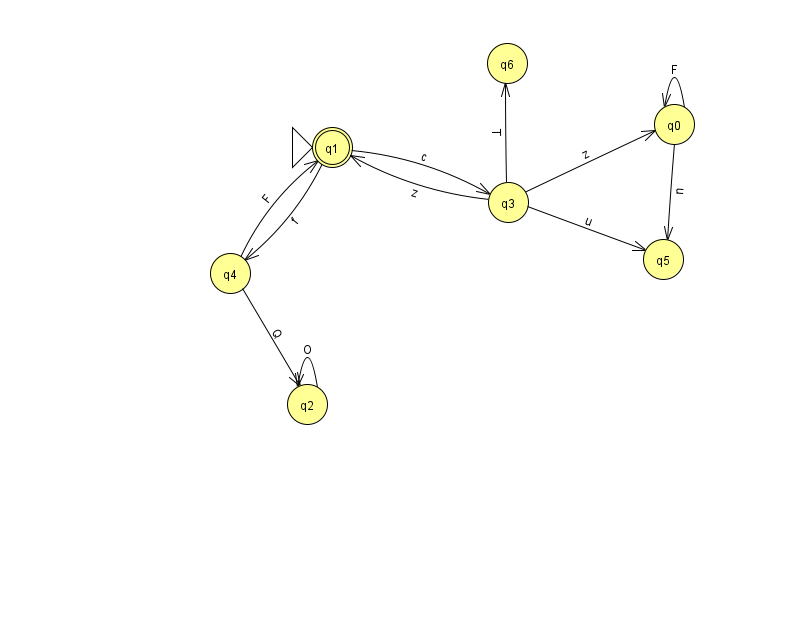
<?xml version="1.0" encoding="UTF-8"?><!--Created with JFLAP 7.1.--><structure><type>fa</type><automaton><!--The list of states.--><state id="0" name="q0"><x>674.0</x><y>111.0</y></state><state id="1" name="q1"><x>332.0</x><y>134.0</y><initial/><final/></state><state id="2" name="q2"><x>307.0</x><y>391.0</y></state><state id="3" name="q3"><x>508.0</x><y>189.0</y></state><state id="4" name="q4"><x>230.0</x><y>260.0</y></state><state id="5" name="q5"><x>663.0</x><y>246.0</y></state><state id="6" name="q6"><x>507.0</x><y>50.0</y></state><!--The list of transitions.--><transition><from>1</from><to>3</to><read>c</read></transition><transition><from>3</from><to>6</to><read>T</read></transition><transition><from>4</from><to>2</to><read>Q</read></transition><transition><from>3</from><to>5</to><read>u</read></transition><transition><from>0</from><to>0</to><read>F</read></transition><transition><from>0</from><to>5</to><read>n</read></transition><transition><from>3</from><to>1</to><read>z</read></transition><transition><from>1</from><to>4</to><read>f</read></transition><transition><from>3</from><to>0</to><read>z</read></transition><transition><from>4</from><to>1</to><read>F</read></transition><transition><from>2</from><to>2</to><read>O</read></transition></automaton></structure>